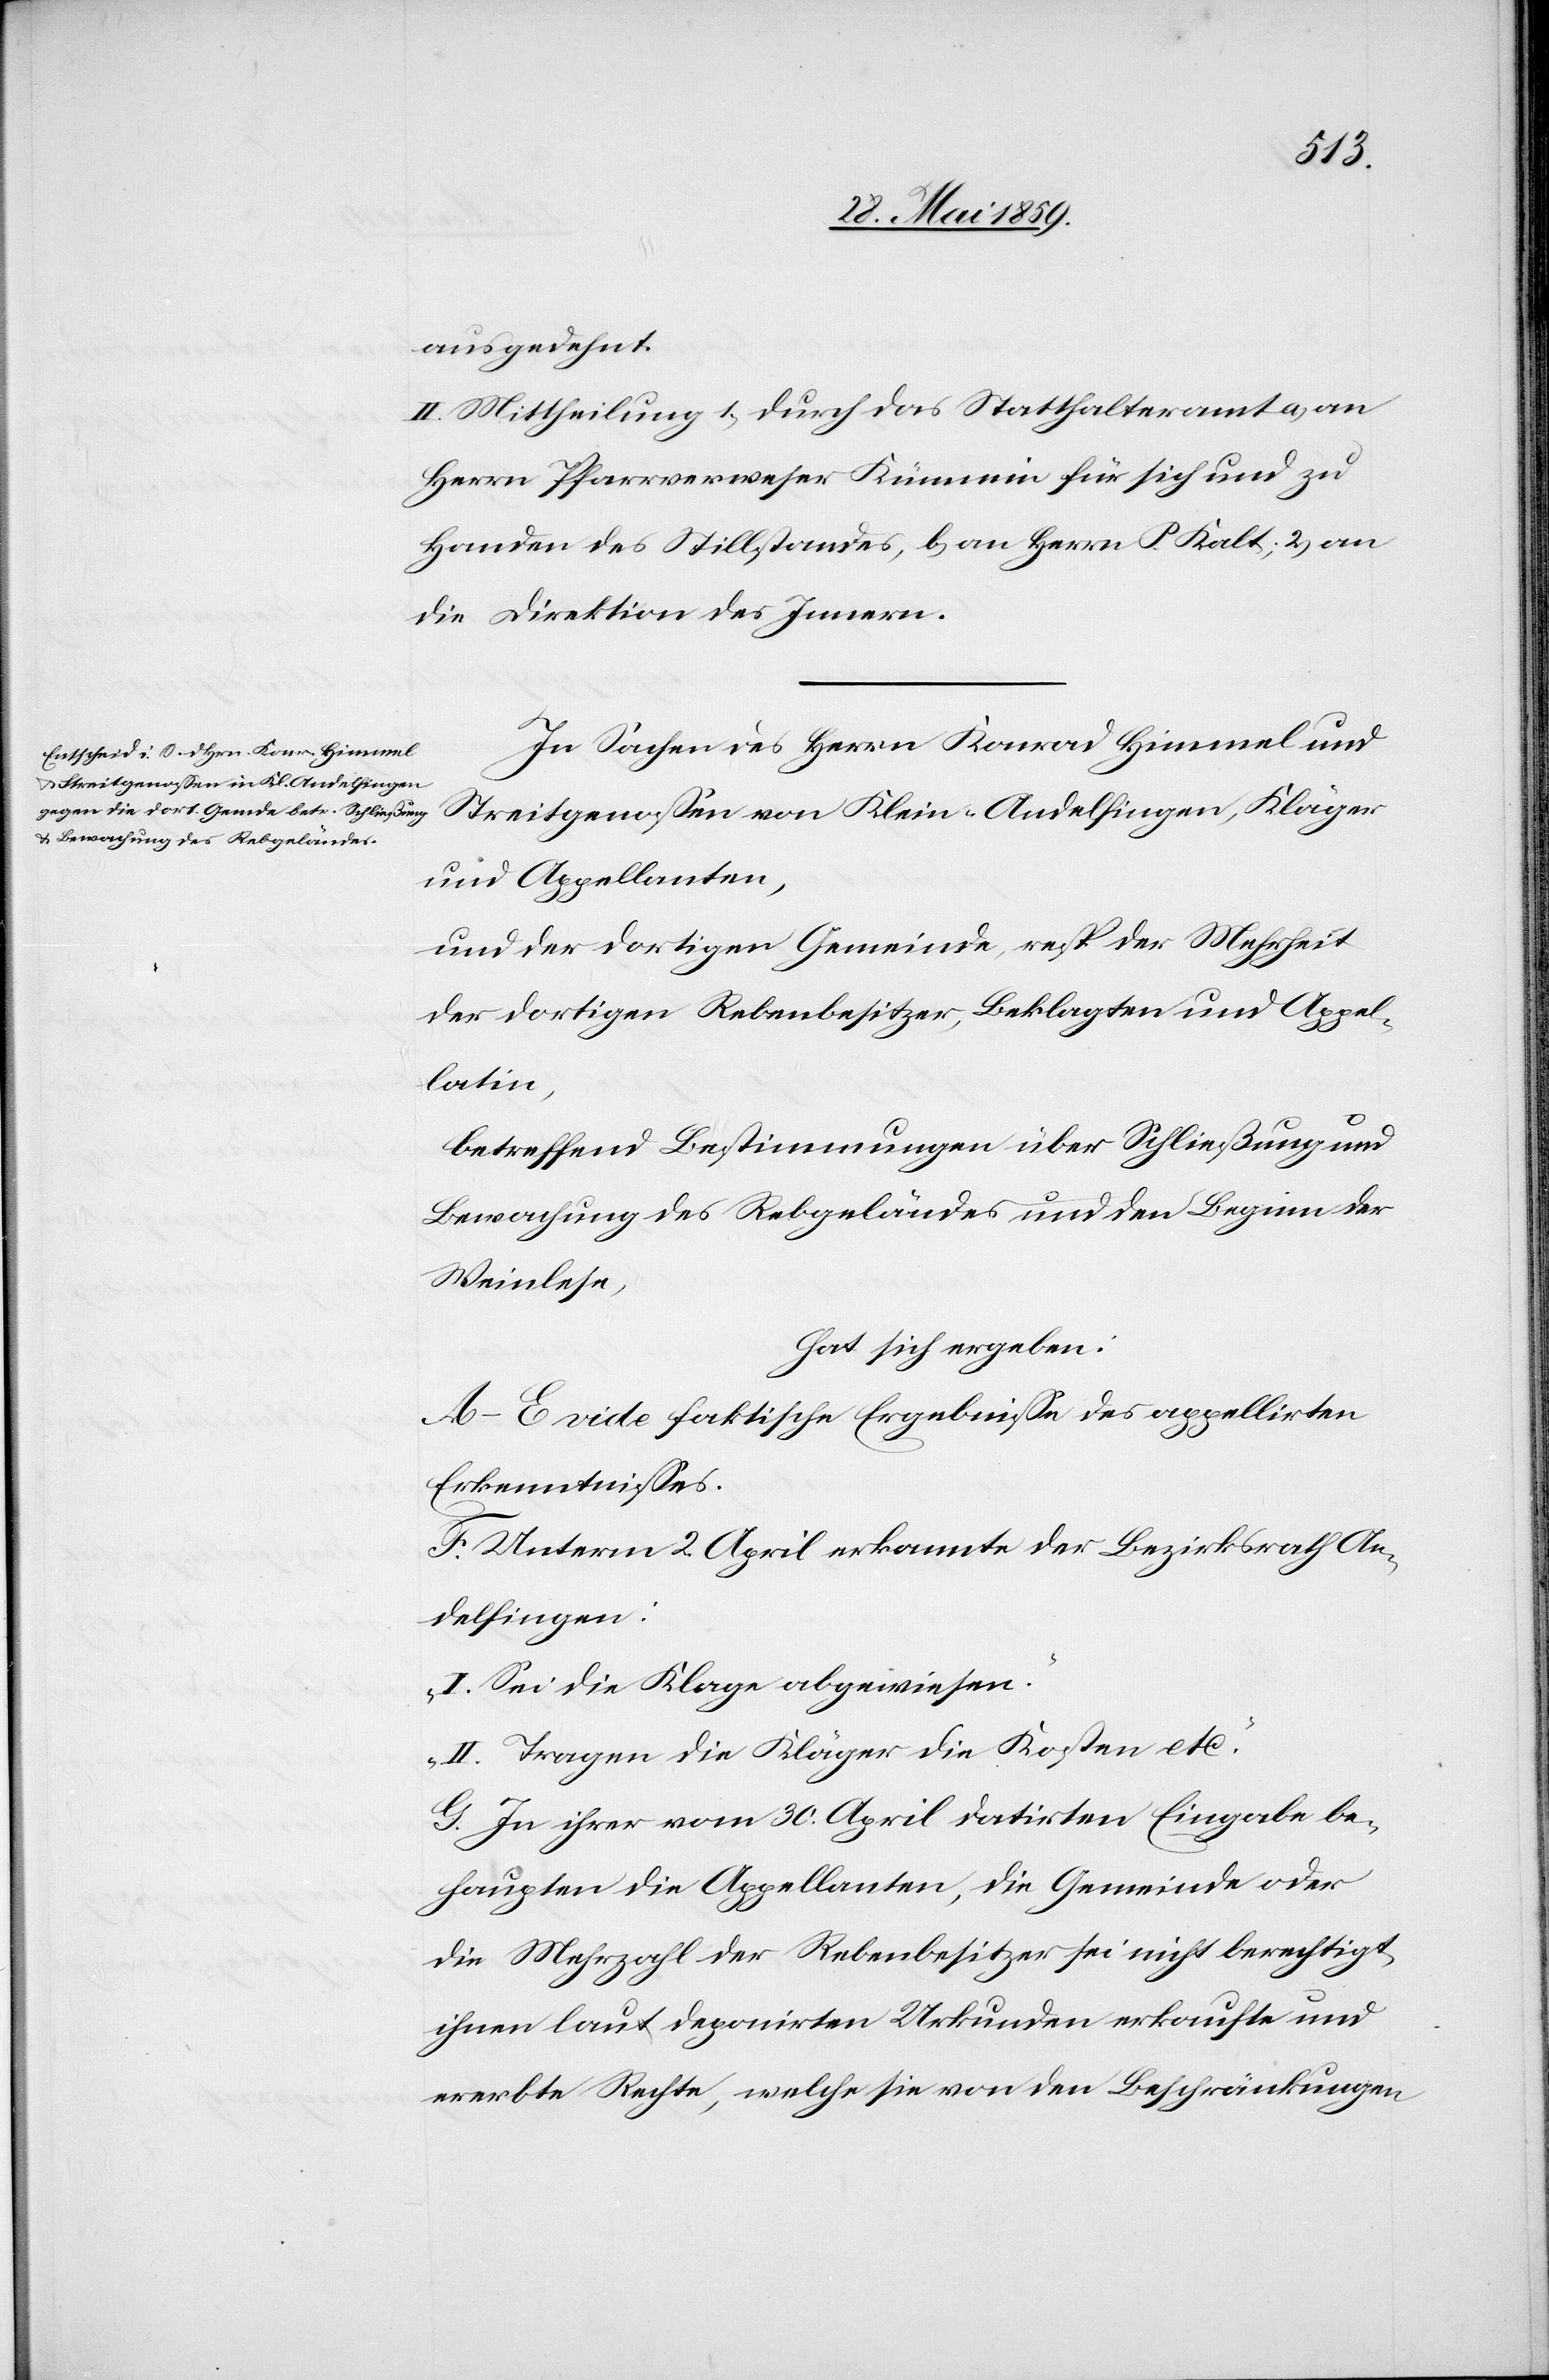
ausgedehnt.
II. Mittheilung 1) durch das Statthalteramt a) an
Herrn Pfarrverweser Kümmin für sich und zu
Handen des Stillstandes, b) an Herrn P. Kalt; 2) an
die Direktion des Innern.
In Sachen des Herrn Konrad Himmel und
Streitgenossen von Klein-Andelfingen, Kläger
und Appellanten,
und der dortigen Gemeinde, resp der Mehrheit
der dortigen Rebenbesitzer, Beklagten und Appel¬
latin,
betreffend Bestimmungen über Schließung und
Bewachung des Rebgeländes und den Beginn der
Weinlese,
hat sich ergeben:
A–E vide faktische Ergebnisse des appellirten
Erkenntnisses.
F. Unterm 2. April erkannte der Bezirksrath An¬
delfingen:
“I. Sei die Klage abgewiesen.“
“II. Tragen die Kläger die Kosten etc.“
G. Zu ihrer vom 30. April datirten Eingabe be¬
haupten die Appellanten, die Gemeinde oder
die Mehrzahl der Rebenbesitzer sei nicht berechtigt,
ihnen laut deponirten Urkunden erkaufte und
ererbte Rechte, welche sie von den Beschränkungen